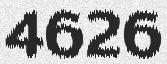
4626